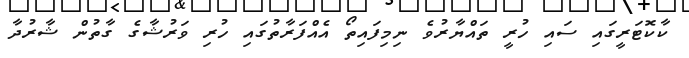
ކާކޮޓަރީގައި ސައި ހުރީ ތައްޔާރުވެ ނިމިފައިތޯ އެއްފަރާތުގައި ހުރި ވަރުޝާގެ ގާތުން ޝާރުދާ